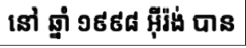
នៅ ឆ្នាំ ១៩៩៨ អ៊ីរ៉ង់ បាន